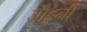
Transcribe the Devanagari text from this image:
जोडुनी